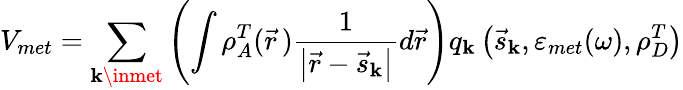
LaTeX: V_{met}=\sum_{\mathbf{k}\inmet}\left(\int\rho_{A}^{T}(\vec{{r}}\, )\frac{{1}}{{\left|\vec{{r}}-\vec{{s}}_{\mathbf{k}}\right|}}d\vec{{r}}\right)q_{\mathbf{k}}\left(\vec{{s}}_{\mathbf{k}},\varepsilon_{met}(\omega),\rho_{D}^{T}\right)